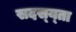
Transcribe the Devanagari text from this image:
सदस्य्ता